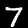
Label: 7